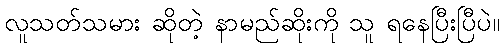
လူသတ်သမား ဆိုတဲ့ နာမည်ဆိုးကို သူ ရနေပြီးပြီပဲ။